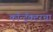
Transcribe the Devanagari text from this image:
कॉन्ट्रॅक्टरचा